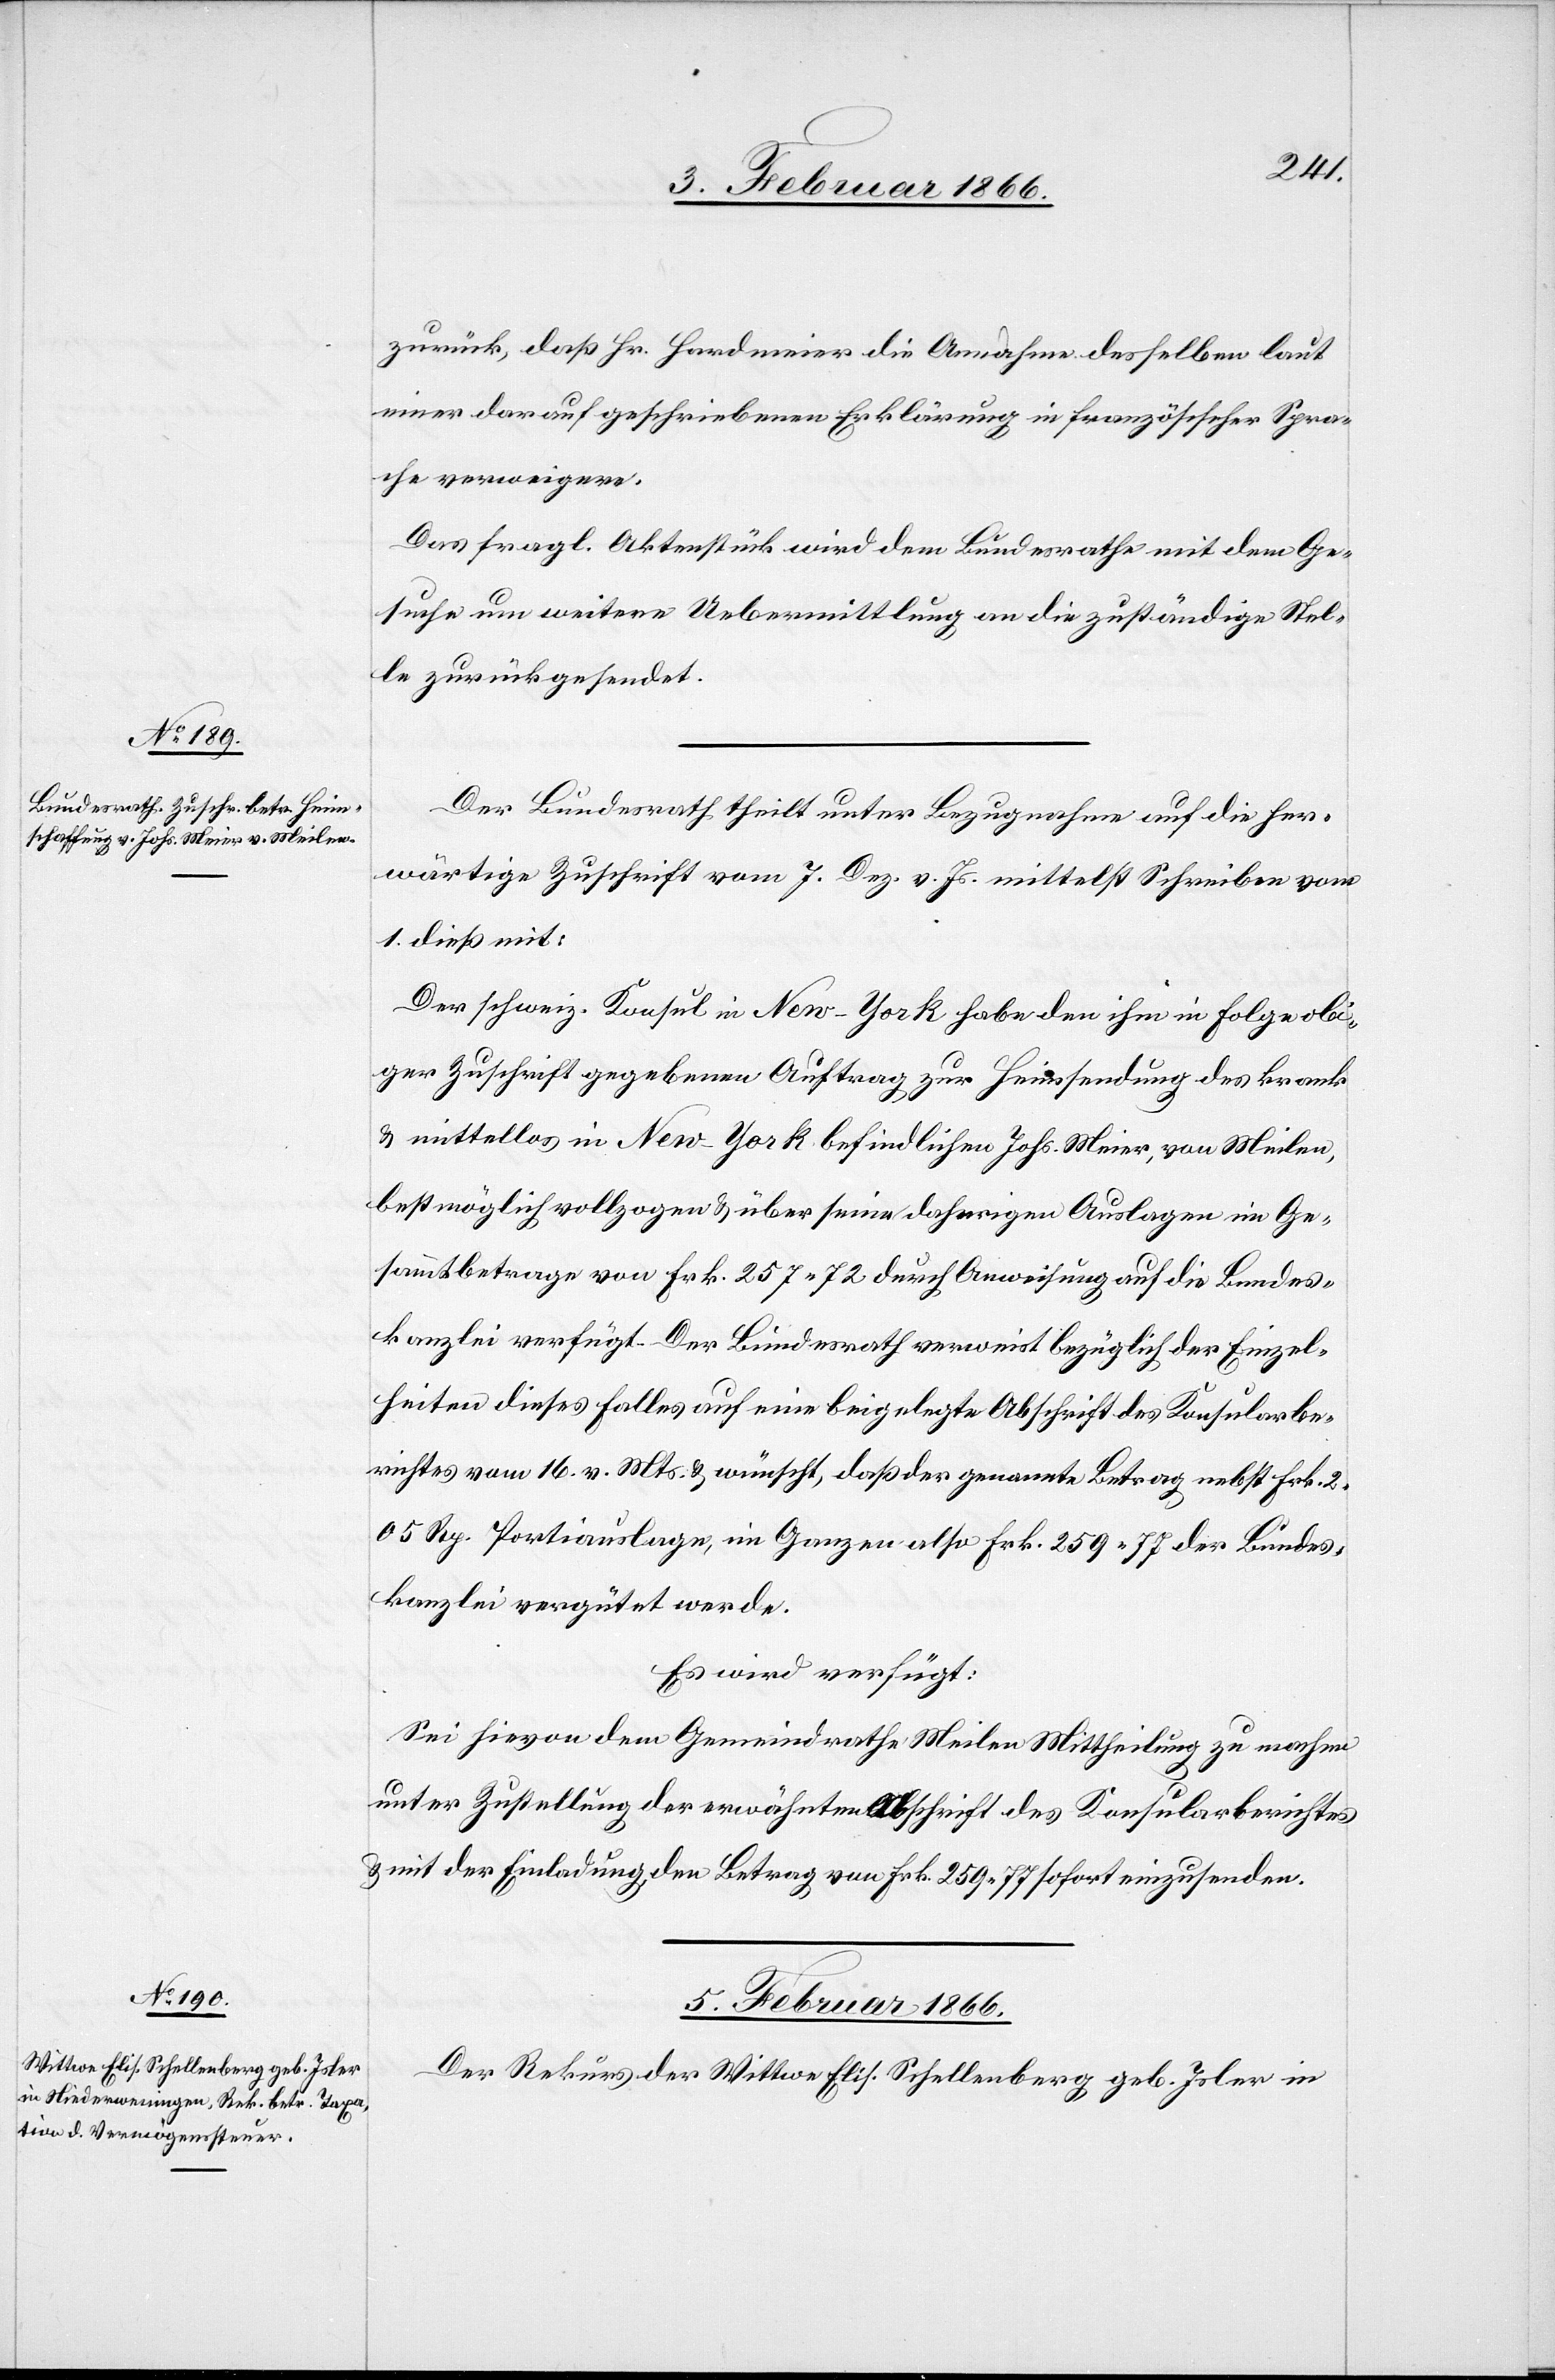
zurück, daß Hr. Hardmeier die Annahme desselben laut
einer darauf geschriebenen Erklärung in französischer Spra¬
che verweigere.
Das fragl. Aktenstück wird dem Bundesrathe mit dem Ge¬
suche um weitere Uebermittlung an die zuständige Stel¬
le zurückgesendet.
Der Bundesrath theilt unter Bezugnahme auf die her¬
wärtige Zuschrift vom 7. Dez. v. Js. mittelst Schreiben vom
1. dieß mit:
Der schweiz. Konsul in New-York habe den ihm in Folge obi¬
ger Zuschrift gegebenen Auftrag zur Heimsendung des krank
u. mittellos in New-York befindlichen Johs. Meier, von Meilen,
bestmöglich vollzogen u. über seine daherigen Auslagen im Ge¬
sammtbetrage von Frk. 257.72 durch Anweisung auf die Bundes¬
kanzlei verfügt. Der Bundesrath verweist bezüglich der Einzel¬
heiten dieses Falles auf eine beigelegte Abschrift des Konsularbe¬
richtes vom 16. v. Mts. u. wünscht, daß der genannte Betrag nebst Frk.
2.05 Rp. Portiauslage, im Ganzen also Frk. 259.77 der Bundes¬
kanzlei vergütet werde.
Es wird verfügt:
Sei hievon dem Gemeindrathe Meilen Mittheilung zu machen
unter Zustellung der erwähnten Abschrift des Konsularberichtes
u. mit Einladung den Betrag von Frk. 259.77 sofort einzusenden.
5. Februar 1866.
Der Rekurs der Wittwe Elis. Schellenberg geb. Isler in